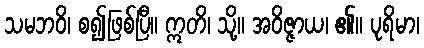
သမဘဝိ၊ စ၍ဖြစ်ပြီ။ ဣတိ၊ သို့။ အဝိဇ္ဇာယ၊ ၏။ ပုရိမာ၊